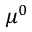
\mu ^ { 0 }